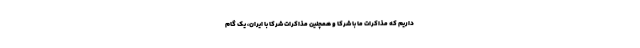
داریم که مذاکرات ما با شرکا و همچنین مذاکرات شرکا با ایران، یک گام